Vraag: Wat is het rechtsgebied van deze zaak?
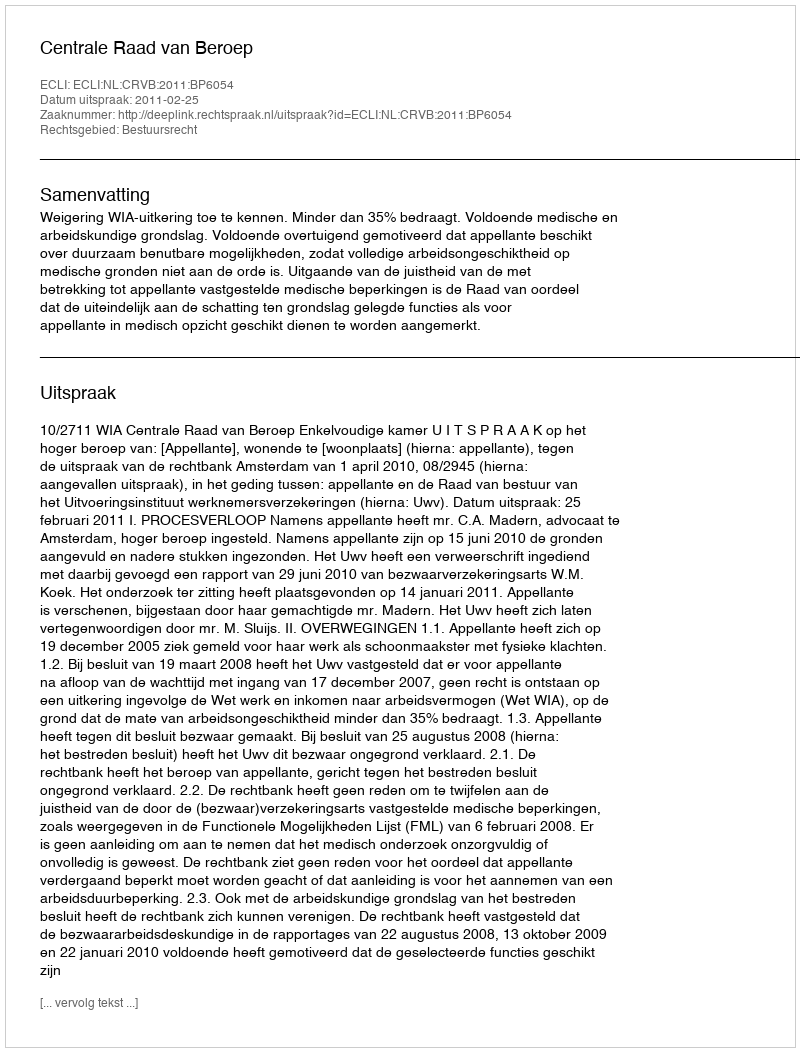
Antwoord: Bestuursrecht